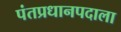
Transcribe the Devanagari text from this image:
पंतप्रधानपदाला